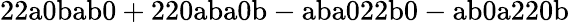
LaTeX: \mathrm{22a0bab0+220aba0b-aba022b0-ab0a220b}